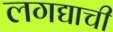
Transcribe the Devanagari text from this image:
लगद्याची